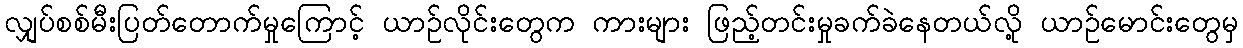
လျှပ်စစ်မီးပြတ်တောက်မှုကြောင့် ယာဉ်လိုင်းတွေက ကားများ ဖြည့်တင်းမှုခက်ခဲနေတယ်လို့ ယာဉ်မောင်းတွေမှ